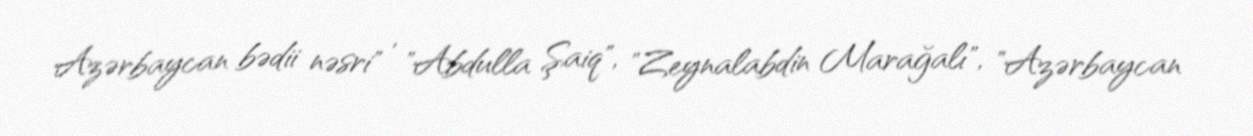
Azərbaycan bədii nəsri" , "Abdulla Şaiq", "Zeynalabdin Marağalı", "Azərbaycan